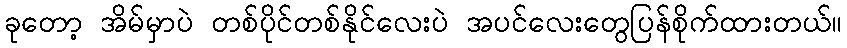
ခုတော့ အိမ်မှာပဲ တစ်ပိုင်တစ်နိုင်လေးပဲ အပင်လေးတွေပြန်စိုက်ထားတယ်။